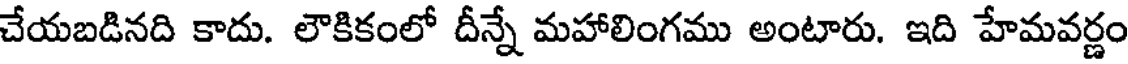
చేయబడినది కాదు. లౌకికంలో దీన్నే మహాలింగము అంటారు. ఇది హేమవర్ణం